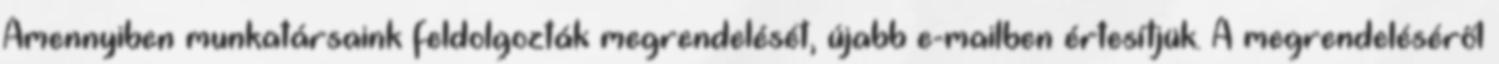
Amennyiben munkatársaink feldolgozták megrendelését, újabb e-mailben értesítjük. A megrendeléséről